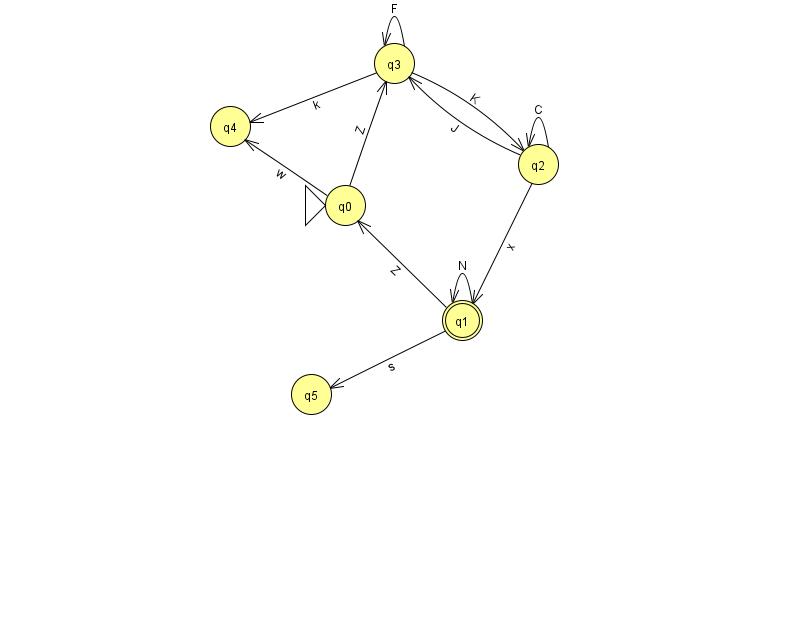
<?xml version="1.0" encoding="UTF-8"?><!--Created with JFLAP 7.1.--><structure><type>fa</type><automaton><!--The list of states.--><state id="0" name="q0"><x>345.0</x><y>192.0</y><initial/></state><state id="1" name="q1"><x>462.0</x><y>307.0</y><final/></state><state id="2" name="q2"><x>538.0</x><y>151.0</y></state><state id="3" name="q3"><x>394.0</x><y>50.0</y></state><state id="4" name="q4"><x>230.0</x><y>113.0</y></state><state id="5" name="q5"><x>311.0</x><y>381.0</y></state><!--The list of transitions.--><transition><from>0</from><to>3</to><read>Z</read></transition><transition><from>1</from><to>0</to><read>Z</read></transition><transition><from>2</from><to>1</to><read>x</read></transition><transition><from>3</from><to>4</to><read>k</read></transition><transition><from>2</from><to>3</to><read>J</read></transition><transition><from>2</from><to>2</to><read>C</read></transition><transition><from>3</from><to>2</to><read>K</read></transition><transition><from>3</from><to>3</to><read>F</read></transition><transition><from>0</from><to>4</to><read>w</read></transition><transition><from>1</from><to>5</to><read>s</read></transition><transition><from>1</from><to>1</to><read>N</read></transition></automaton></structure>